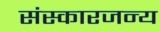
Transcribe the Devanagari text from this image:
संस्कारजन्य